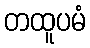
တထူပမံ